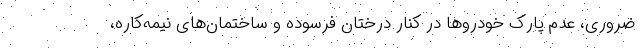
ضروری، عدم پارک خودروها در کنار درختان فرسوده و ساختمان‌های نیمه‌کاره،